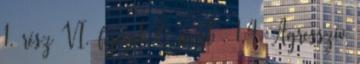
1. rész VI. fejezet 7. pont . 1.4. Agresszív